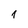
Character: 1